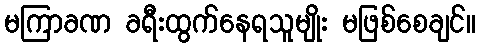
မကြာခဏ ခရီးထွက်နေရသူမျိုး မဖြစ်စေချင်။